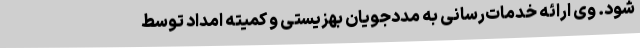
شود. وی ارائه خدمات‌رسانی به مددجویان بهزیستی و کمیته امداد توسط